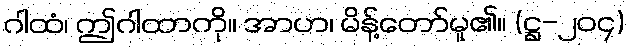
ဂါထံ၊ ဤဂါထာကို။ အာဟ၊ မိန့်တော်မူ၏။ (ဋ္ဌ-၂၀၄)